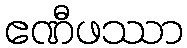
ဧဏီဖဿာ